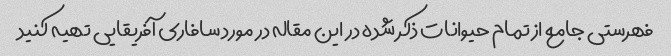
فهرستی جامع از تمام حیوانات ذکر شده در این مقاله در مورد سافاری آفریقایی تهیه کنید